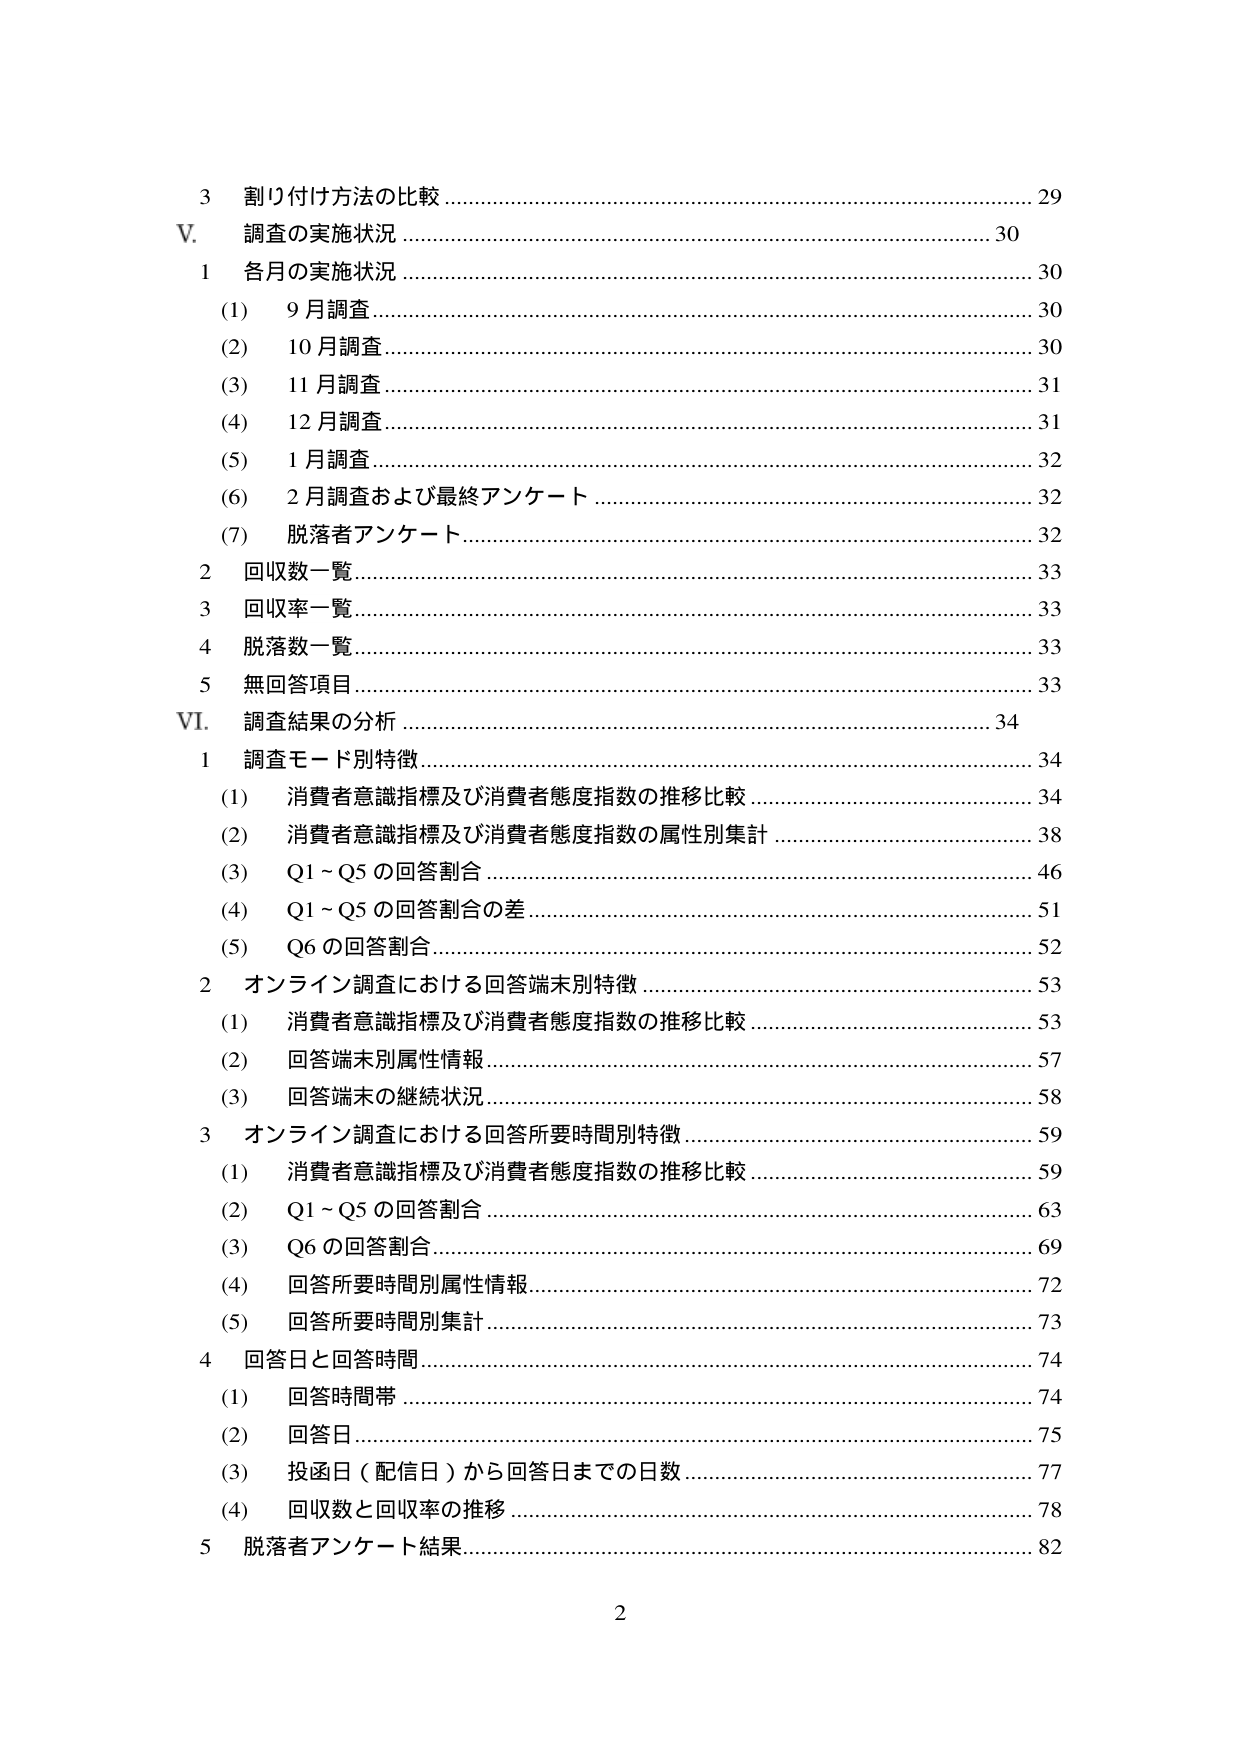
3 割り付け方法の比較 ……………………………………………………………… 29
V. 調査の実施状況 ………………………………………………………………… 30
1 各月の実施状況 ………………………………………………………………… 30
(1) 9月調査 ………………………………………………………………………… 30
(2) 10月調査 ……………………………………………………………………… 30
(3) 11月調査 ……………………………………………………………………… 31
(4) 12月調査 ……………………………………………………………………… 31
(5) 1月調査 ………………………………………………………………………… 32
(6) 2月調査および最終アンケート …………………………………………… 32
(7) 脱落者アンケート …………………………………………………………… 32
2 回収数一覧 ……………………………………………………………………… 33
3 回収率一覧 ……………………………………………………………………… 33
4 脱落数一覧 ……………………………………………………………………… 33
5 無回答項目 ……………………………………………………………………… 33
VI. 調査結果の分析 ………………………………………………………………… 34
1 調査モード別特徴 ……………………………………………………………… 34
(1) 消費者意識指標及び消費者態度指数の推移比較 ………………………… 34
(2) 消費者意識指標及び消費者態度指数の属性別集計 ……………………… 38
(3) Q1～Q5の回答割合 …………………………………………………………… 46
(4) Q1～Q5の回答割合の差 ……………………………………………………… 51
(5) Q6の回答割合 ………………………………………………………………… 52
2 オンライン調査における回答端末別特徴 …………………………………… 53
(1) 消費者意識指標及び消費者態度指数の推移比較 ………………………… 53
(2) 回答端末別属性情報 ………………………………………………………… 57
(3) 回答端末の継続状況 ………………………………………………………… 58
3 オンライン調査における回答所要時間別特徴 ……………………………… 59
(1) 消費者意識指標及び消費者態度指数の推移比較 ………………………… 59
(2) Q1～Q5の回答割合 …………………………………………………………… 63
(3) Q6の回答割合 ………………………………………………………………… 69
(4) 回答所要時間別属性情報 …………………………………………………… 72
(5) 回答所要時間別集計 ………………………………………………………… 73
4 回答日と回答時間 ……………………………………………………………… 74
(1) 回答時間帯 …………………………………………………………………… 74
(2) 回答日 ………………………………………………………………………… 75
(3) 投函日（配信日）から回答日までの日数 ………………………………… 77
(4) 回収数と回収率の推移 ……………………………………………………… 78
5 脱落者アンケート結果 ………………………………………………………… 82
2